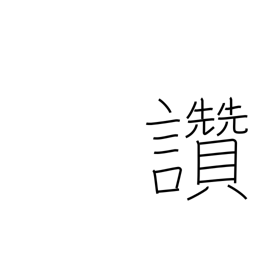
Meaning: picture title